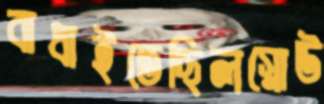
বাধাইতেছিলস্নোউ